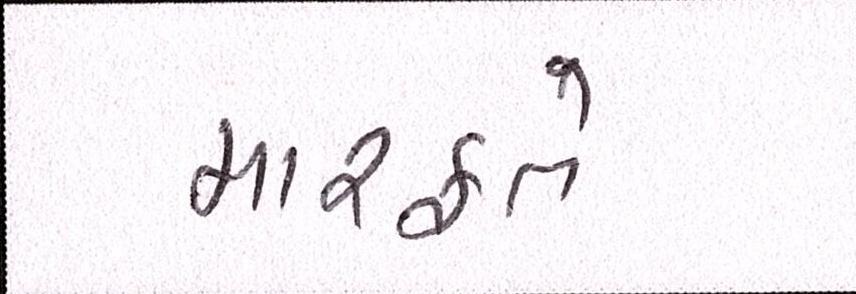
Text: મારફતે